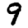
Digit: 9